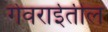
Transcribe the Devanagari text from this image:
गेवराईतील